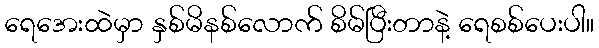
ရေအေးထဲမှာ နှစ်မိနစ်လောက် စိမ်ပြီးတာနဲ့ ရေစစ်ပေးပါ။